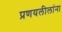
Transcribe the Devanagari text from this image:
प्रणयलीलांना